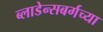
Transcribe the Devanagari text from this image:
ब्लाडेन्सबर्गच्या